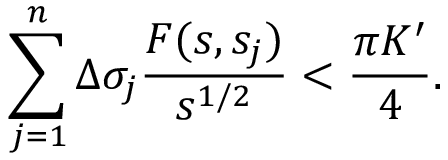
\sum _ { j = 1 } ^ { n } \Delta \sigma _ { j } \frac { F ( s , s _ { j } ) } { s ^ { 1 / 2 } } < \frac { \pi K ^ { \prime } } { 4 } .